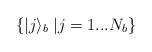
LaTeX: \begin{align*}\left\{ |j\rangle_b \right. \left| j = 1 ... N_b \right\}\end{align*}